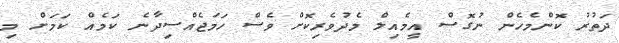
ދަތުރު ކޮންމެހެން ނުގޮސް އީމެއިލް މެދުވެރިކޮށް ވެސް ހަމަޖެއްސިދާނެ ކަމެއް ކަމަށް މި